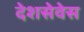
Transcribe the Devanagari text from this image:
देशसेवेस